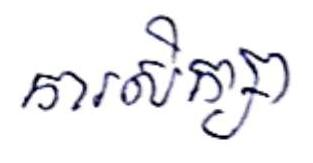
ការសិក្សា